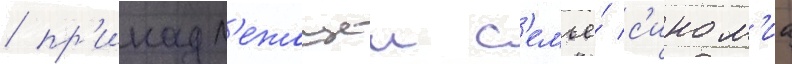
/ пр'инадл'ежащеи с'емье́ с'ином'иа